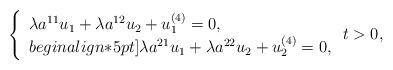
LaTeX: \begin{align*} \left\{ \begin{array}{lcl} \lambda a^{11} u_1 +\lambda a^{12}u_2+u_1^{(4)}=0,\\begin{align*}5pt] \lambda a^{21} u_1 +\lambda a^{22}u_2+u_2^{(4)}=0, \end{array}\right. t>0, \end{align*}